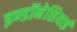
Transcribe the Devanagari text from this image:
इण्डॉनेशियाई